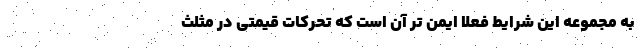
به مجموعه این شرایط فعلاً ایمن تر آن است که تحرکات قیمتی در مثلث